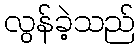
လွန်ခဲ့သည်